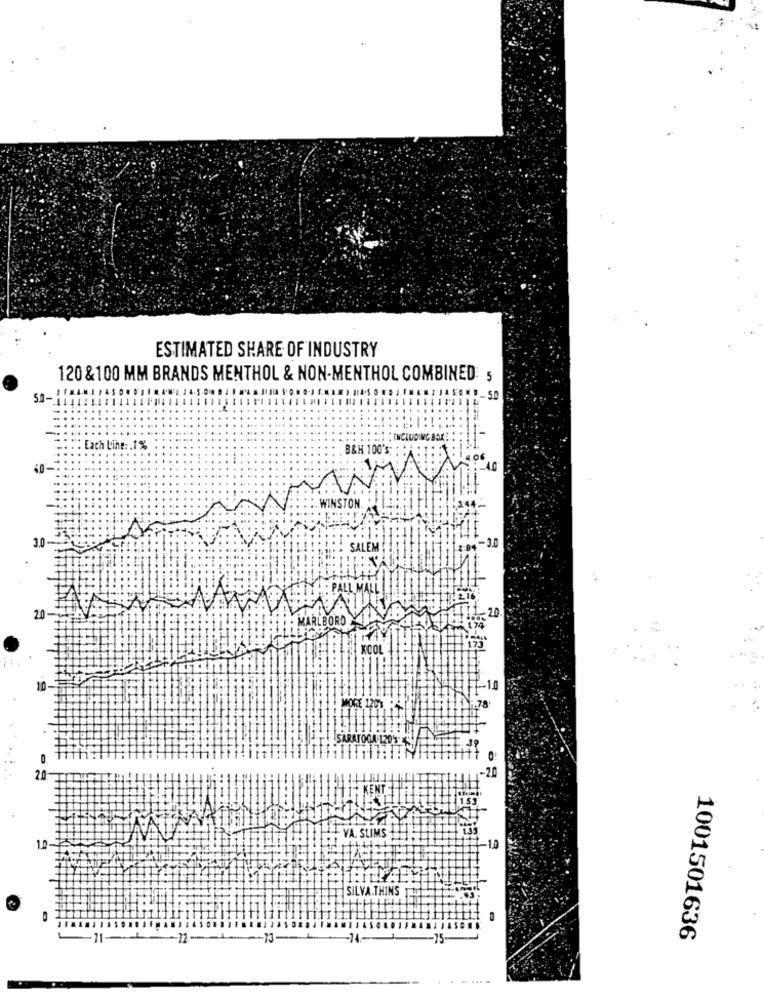
ESTIMATED SHARE OF INDUSTRY
120 &100 MM BRANDS MENTHOL & NON-MENTHOL COMBINED: 5
CLUDING BOX
Each Line :. 1%
B&H 100's:
60-
.WINSTON.
3.0
-30
SALEM
: PALL MALL
20
20
MARLBORO
-10
MORE 120%
SARATOGA 12055
-20
20
VA SLIMS
10
10.
SILVA THINS
-11-
-12 ----
-13-
-14-
-15-
1001501636